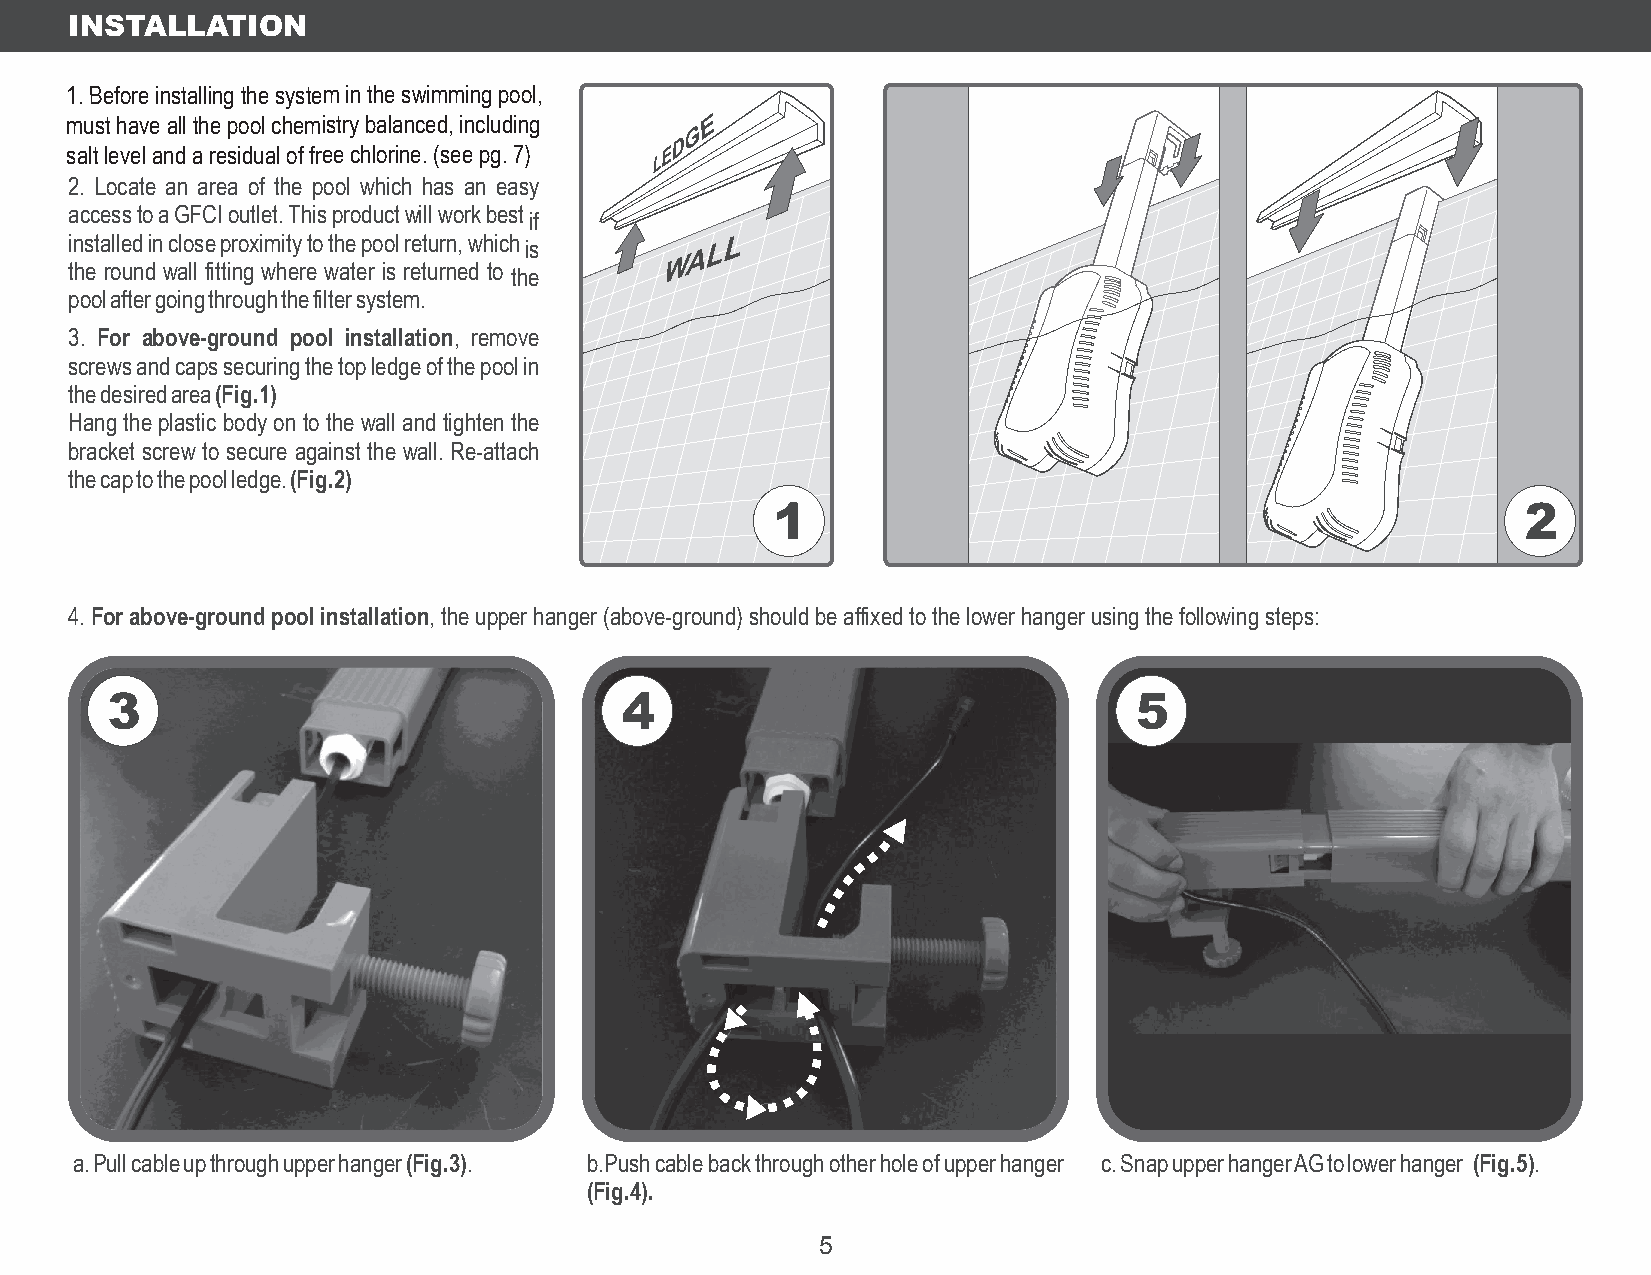
INSTALLATION
 1. Before installing the system in the swimming pool,
 must have all the pool chemistry balanced, including
 salt level and a residual of free chlorine. (see pg. 7)
 2. Locate an area of the pool which has an easy
 access to a GFCI outlet. This product will work best if
 installed in close proximity to the pool return, which is
 the round wall fitting where water is returned to the
 pool after going through the filter system.
 3. For above-ground pool installation, remove
 screws and caps securing the top ledge of the pool in
 the desired area (Fig.1)
 Hang the plastic body on to the wall and tighten the
 bracket screw to secure against the wall. Re-attach
 the cap to the pool ledge. (Fig.2)
 1                                                 2
 4. For above-ground pool installation, the upper hanger (above-ground) should be affixed to the lower hanger using the following steps:
 3                                 4                                 5
 a. Pull cable up through upper hanger (Fig.3). b.Push cable back through other hole of upper hanger c. Snap upper hanger AG to lower hanger (Fig.5).
 (Fig.4).
 5